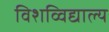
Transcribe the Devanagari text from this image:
विशव्विद्याल्य